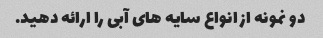
دو نمونه از انواع سایه های آبی را ارائه دهید.